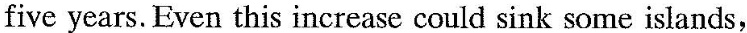
five years. Even this increase could sink some islands,